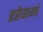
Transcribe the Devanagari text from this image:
रहेवामां